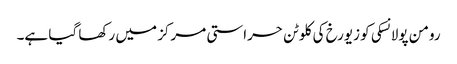
رومن پولانسکی کو زیورخ کی کلوٹن حراستی مرکز میں رکھا گیا ہے۔